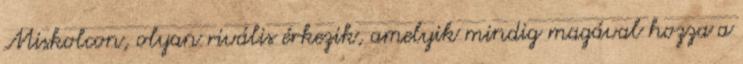
Miskolcon, olyan rivális érkezik, amelyik mindig magával hozza a